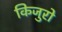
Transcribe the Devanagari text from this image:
किजुरो